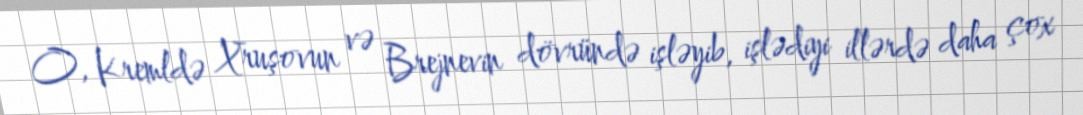
O, Kremldə Xruşovun və Brejnevin dövründə işləyib, işlədiyi illərdə daha çox